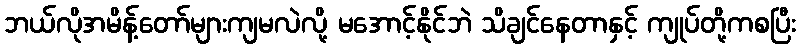
ဘယ်လိုအမိန့်တော်များကျမလဲလို့ မအောင့်နိုင်ဘဲ သိချင်နေတာနှင့် ကျုပ်တို့ကစပြီး